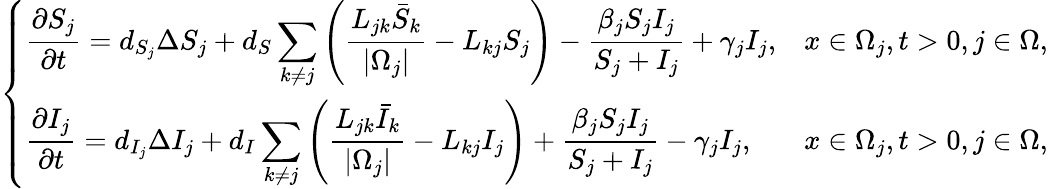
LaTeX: \left\{ \begin{array}{ll}{\displaystyle\frac{\partial S_{j}}{\partial t}=d_{S_{j}}\Delta S_{j}+d_{S}\sum_{k\neq j}\left(\frac{L_{jk}\bar{S}_{k}}{|\Omega_{j}|}-L_{kj}S_{j}\right)-\displaystyle\frac{\beta_{j}S_{j}I_{j}}{S_{j}+I_{j}}+\gamma_{j}I_{j},}&{x\in\Omega_{j},t>0,j\in\Omega,}\\ {\displaystyle\frac{\partial I_{j}}{\partial t}=d_{I_{j}}\Delta I_{j}+d_{I}\sum_{k\neq j}\left(\frac{L_{jk}\bar{I}_{k}}{|\Omega_{j}|}-L_{kj}I_{j}\right)+\displaystyle\frac{\beta_{j}S_{j}I_{j}}{S_{j}+I_{j}}-\gamma_{j}I_{j},}&{x\in\Omega_{j},t>0,j\in\Omega,}\end{array}\right.